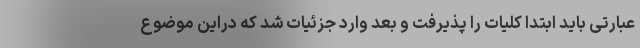
عبارتی باید ابتدا کلیات را پذیرفت و بعد وارد جزئیات شد که دراین موضوع